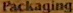
Packaging